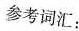
参考词汇：